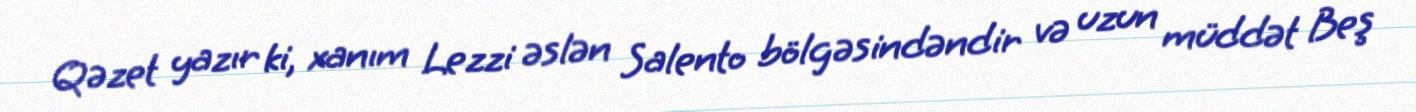
Qəzet yazır ki, xanım Lezzi əslən Salento bölgəsindəndir və uzun müddət Beş